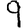
Digit: 9